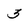
Character: 3